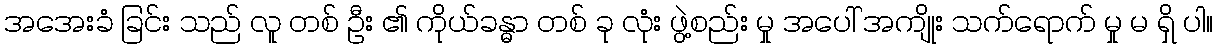
အအေးခံ ခြင်း သည် လူ တစ် ဦး ၏ ကိုယ်ခန္ဓာ တစ် ခု လုံး ဖွဲ့စည်း မှု အပေါ် အကျိုး သက်ရောက် မှု မ ရှိ ပါ။